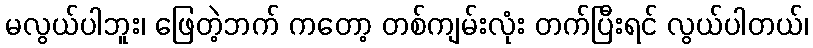
မလွယ်ပါဘူး၊ ဖြေတဲ့ဘက် ကတော့ တစ်ကျမ်းလုံး တက်ပြီးရင် လွယ်ပါတယ်၊